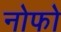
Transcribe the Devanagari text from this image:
नोफो